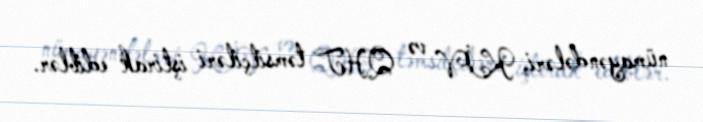
nümayəndələri, KİV və QHT təmsilçiləri iştirak ediblər.